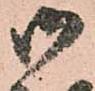
御